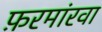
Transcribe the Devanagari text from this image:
फ़रमांरवा